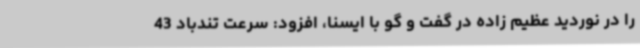
را در نوردید عظیم زاده در گفت و گو با ایسنا، افزود: سرعت تندباد 43